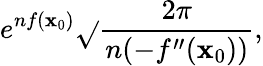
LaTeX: e^{nf(\mathbf{x}_{0})}{\sqrt{}{{\frac{{2\pi}}{{n(-f^{\prime\prime}(\mathbf{x}_{0}))}}}}},